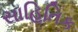
સાહિતિક